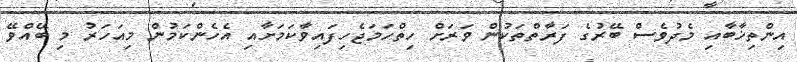
އިންތިޚާބާއި މެދުވެސް ބޭރުގެ ފަރާތްތަކުން ވަރަށް ހިތްހަމަޖެހިފައިވާކަމަށާއި އެހެންކަމުން މިއަހަރު މި ބޭއްވޭ